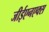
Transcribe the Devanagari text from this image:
जीईएनएक्स